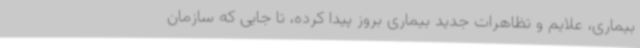
بیماری، علایم و تظاهرات جدید بیماری بروز پیدا کرده، تا جایی که سازمان